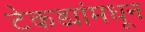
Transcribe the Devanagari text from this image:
टेकड्यांमधून